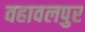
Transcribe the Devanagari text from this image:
वहावलपुर